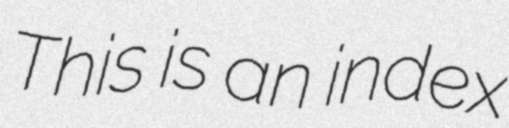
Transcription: This is an index